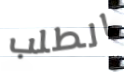
الطلب